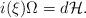
LaTeX: \begin{align*}i(\xi)\Omega=d\mathcal{H}.\end{align*}